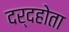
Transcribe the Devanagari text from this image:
दर्दहोता